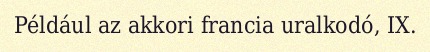
Például az akkori francia uralkodó, IX.